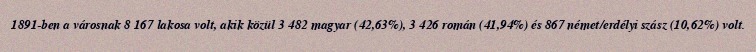
1891-ben a városnak 8 167 lakosa volt, akik közül 3 482 magyar (42,63%), 3 426 román (41,94%) és 867 német/erdélyi szász (10,62%) volt.